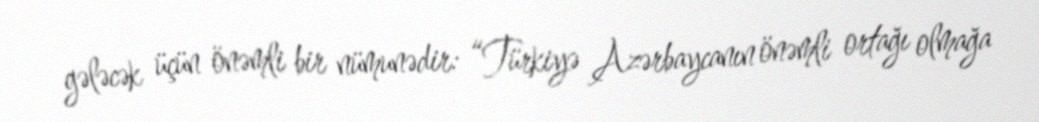
gələcək üçün önəmli bir nümunədir: “Türkiyə Azərbaycanın önəmli ortağı olmağa